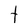
Character: t